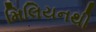
મિલિયનથી